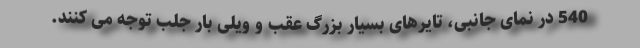
540 در نمای جانبی، تایرهای بسیار بزرگ عقب و ویلی بار جلب توجه می کنند.